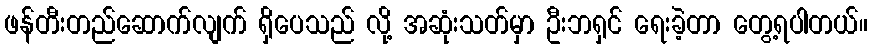
ဖန်တီးတည်ဆောက်လျက် ရှိပေသည် လို့ အဆုံးသတ်မှာ ဦးဘရှင် ရေးခဲ့တာ တွေ့ရပါတယ်။